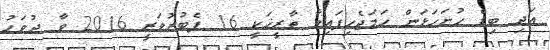
އަދި ބިޑް ހުށަހަޅަން ހަމަޖެހިފައިވާ ތާރީޚަކީ 16 ފެބުރުވަރީ 2016 ވާ ދުވަހު